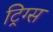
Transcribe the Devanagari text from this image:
ट्रिग्स